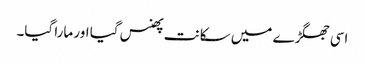
اسی جھگڑے میں سکانت پھنس گیا اور مارا گیا۔